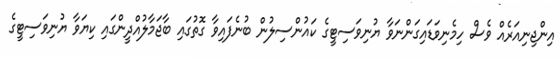
އިންޖިނިއަރެއް ވެސް ހިމެނިވަޑައިގަންނަވާ ޔުނިވަސިޓީގެ ކައުންސިލުން ބުނެފައިވާ ގޮތުގައި ބާޖަމާލުއްދީންގައި ކިޔަވާ ޔުނިވަސިޓީގެ